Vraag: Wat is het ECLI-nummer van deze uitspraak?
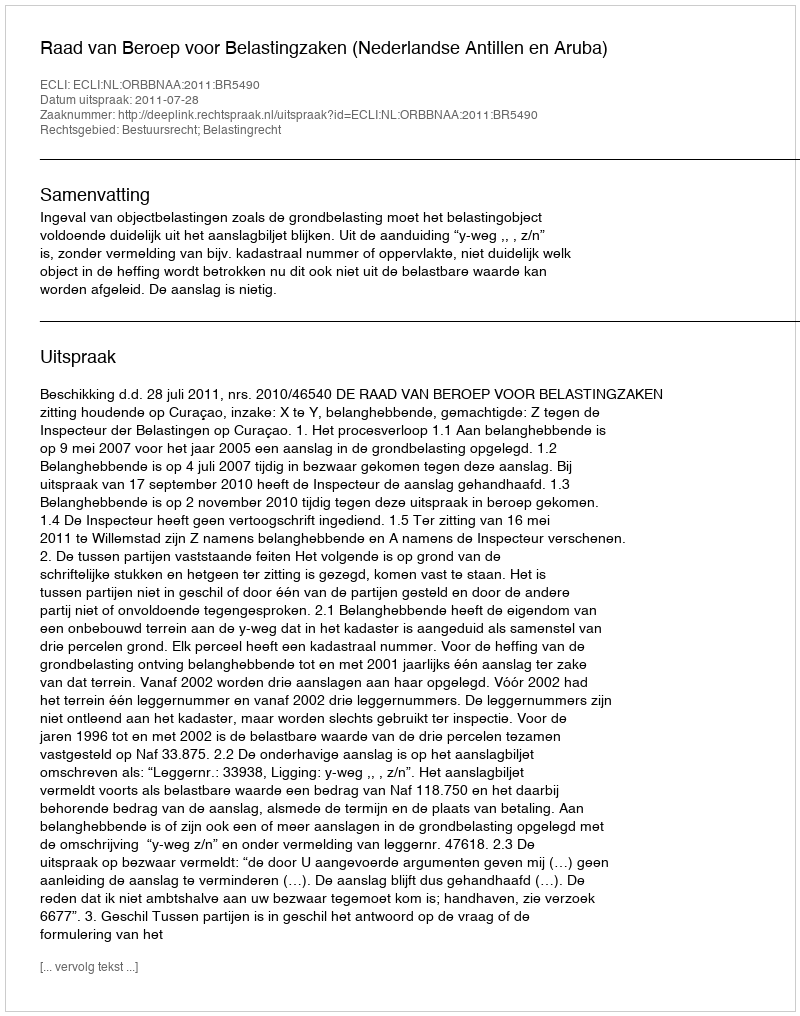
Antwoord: ECLI:NL:ORBBNAA:2011:BR5490